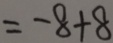
= - 8 + 8